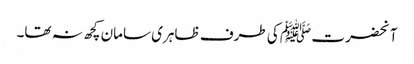
آنحضرت ﷺ کی طرف ظاہری سامان کچھ نہ تھا۔